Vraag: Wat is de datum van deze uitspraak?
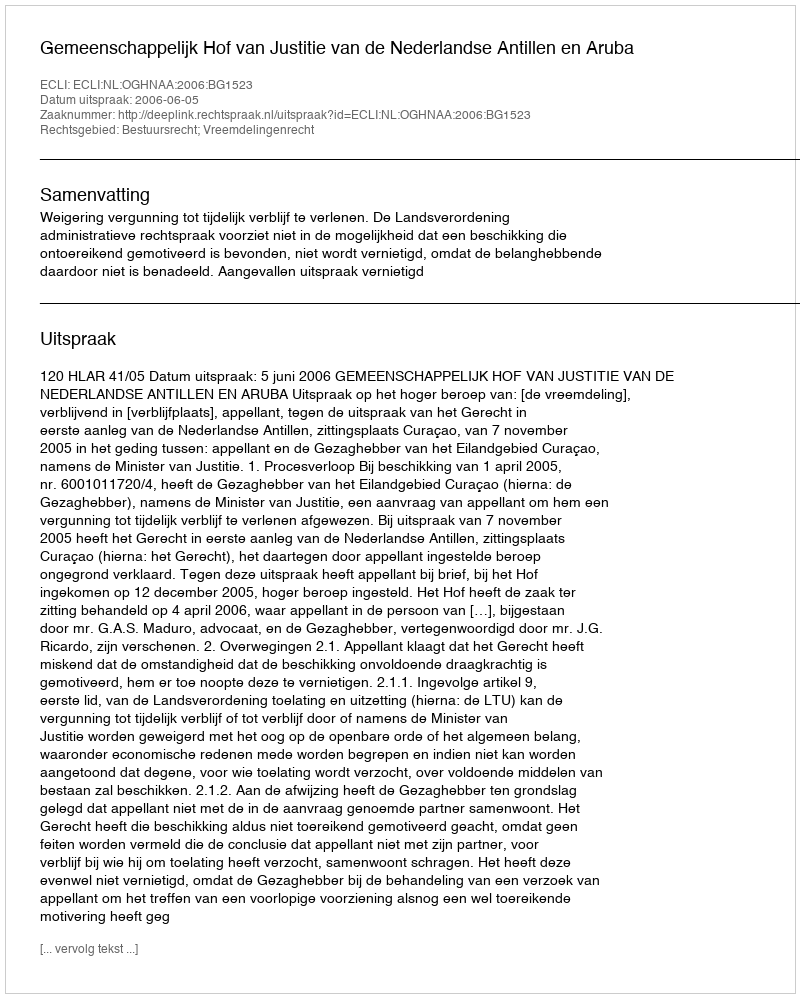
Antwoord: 2006-06-05